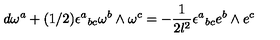
d \omega ^ { a } + ( 1 / 2 ) \epsilon ^ { a } { } _ { b c } \omega ^ { b } \wedge \omega ^ { c } = - \frac { 1 } { 2 l ^ { 2 } } \epsilon ^ { a } { } _ { b c } e ^ { b } \wedge e ^ { c }